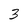
Character: 3